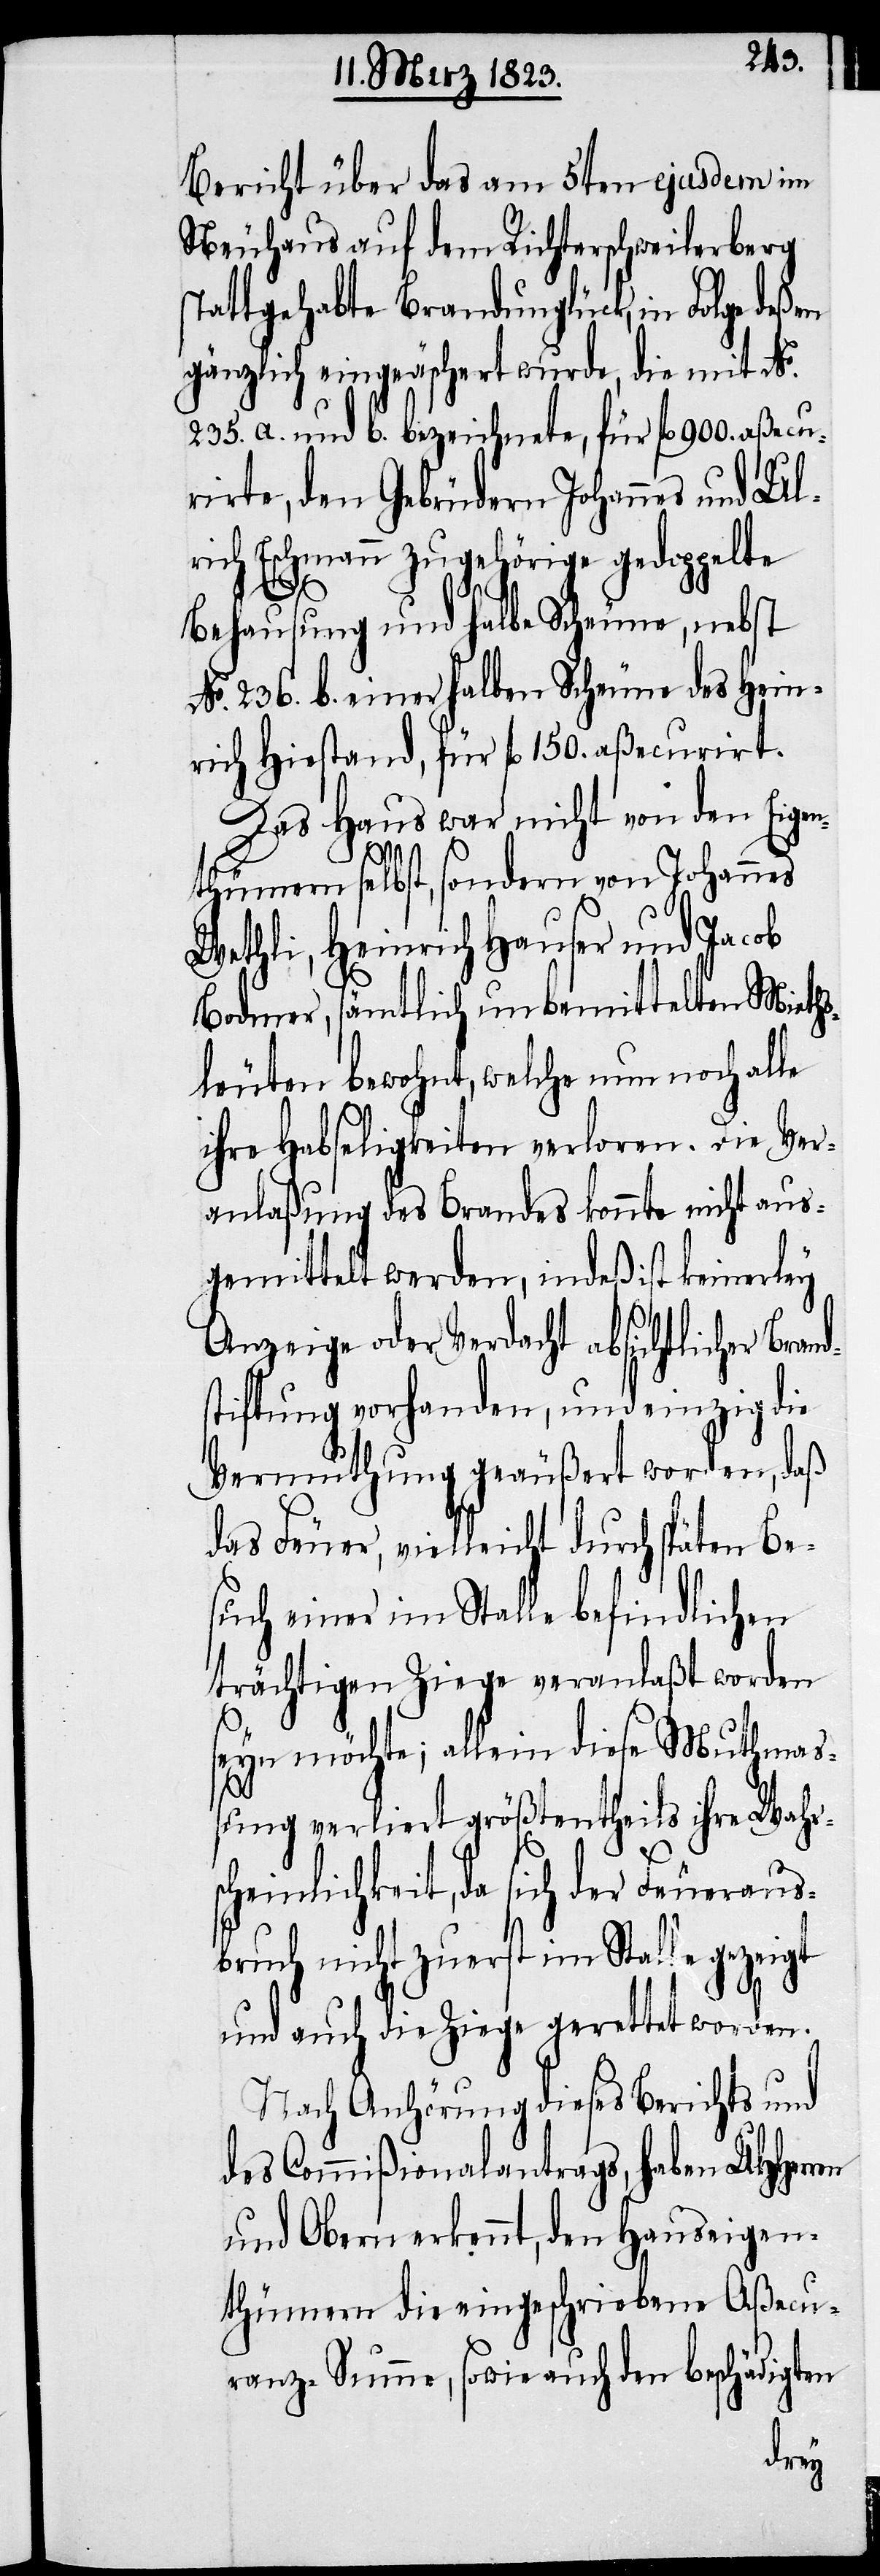
Bericht über das am 5ten ejusdem im
Neuhaus auf dem Richterschweilerberg
stattgehabte Brandunglück, in Folge deßen
gänzlich eingeäschert wurde, die mit No.
235. a. und b. bezeichnete, für fl. 900. aße¬
rirte, den Gebrüdern Johannes und Ul¬
rich Eschmann zugehörige gedoppelte
cu¬
Behausung und halbe Scheune, nebst
No. 236. b. einer halben Scheune des Hein¬
rich Hiestand, für fl. 150. aßecurirt.
Das Haus war nicht von den Eigen¬
thümern selbst, sondern von Johannes
Wethli, Heinrich Hauser und Jacob
Bodmer, sämtlich unbemittelten Mieths¬
leuten bewohnt, welche nun noch alle
ihre Habseligkeiten verloren. Die Ver¬
anlaßung des Brandes konnte nicht aus¬
gemittelt werden, indeß ist keinerley
Anzeige oder Verdacht absichtlicher Bra¬
stiftung vorhanden, und einzig die
Vermuthung geäußert worden, daß
das Feuer, vielleicht durch späten Be¬
such einer im Stalle befindlichen
trächtigen Ziege veranlaßt worden
sc¬
seyn möchte; allein diese Muthma¬
ßung verliert größtentheils ihre Wahr¬
heinlichkeit, da sich der Feueraus¬
bruch nicht zuerst im Stalle gezeigt
und auch die Ziege gerettet worden.
Nach Anhörung dieses Berichts und
des Commißionalantrags, haben UHHerr¬
und Obern erkennt, den Hauseigen¬
thümern die eingeschriebene Aßecu¬
ranz-Summe, sowie auch den beschädigten
en